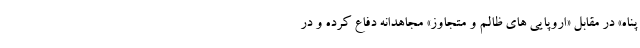
پناه» در مقابل «اروپایی های ظالم و متجاوز» مجاهدانه دفاع کرده و در